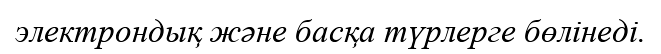
электрондық және басқа түрлерге бөлінеді.